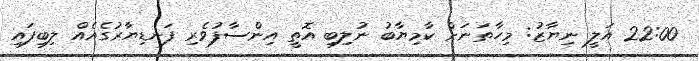
22:00 އަލީ ނިޔާޒު: މިހާތަނަށް ކާމިޔާބު ނުލިބި އޮތީ އިންސާފުވެރި ފަނޑިޔާރުގެއެއް ލިބިފައި